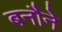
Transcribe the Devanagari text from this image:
बनौने